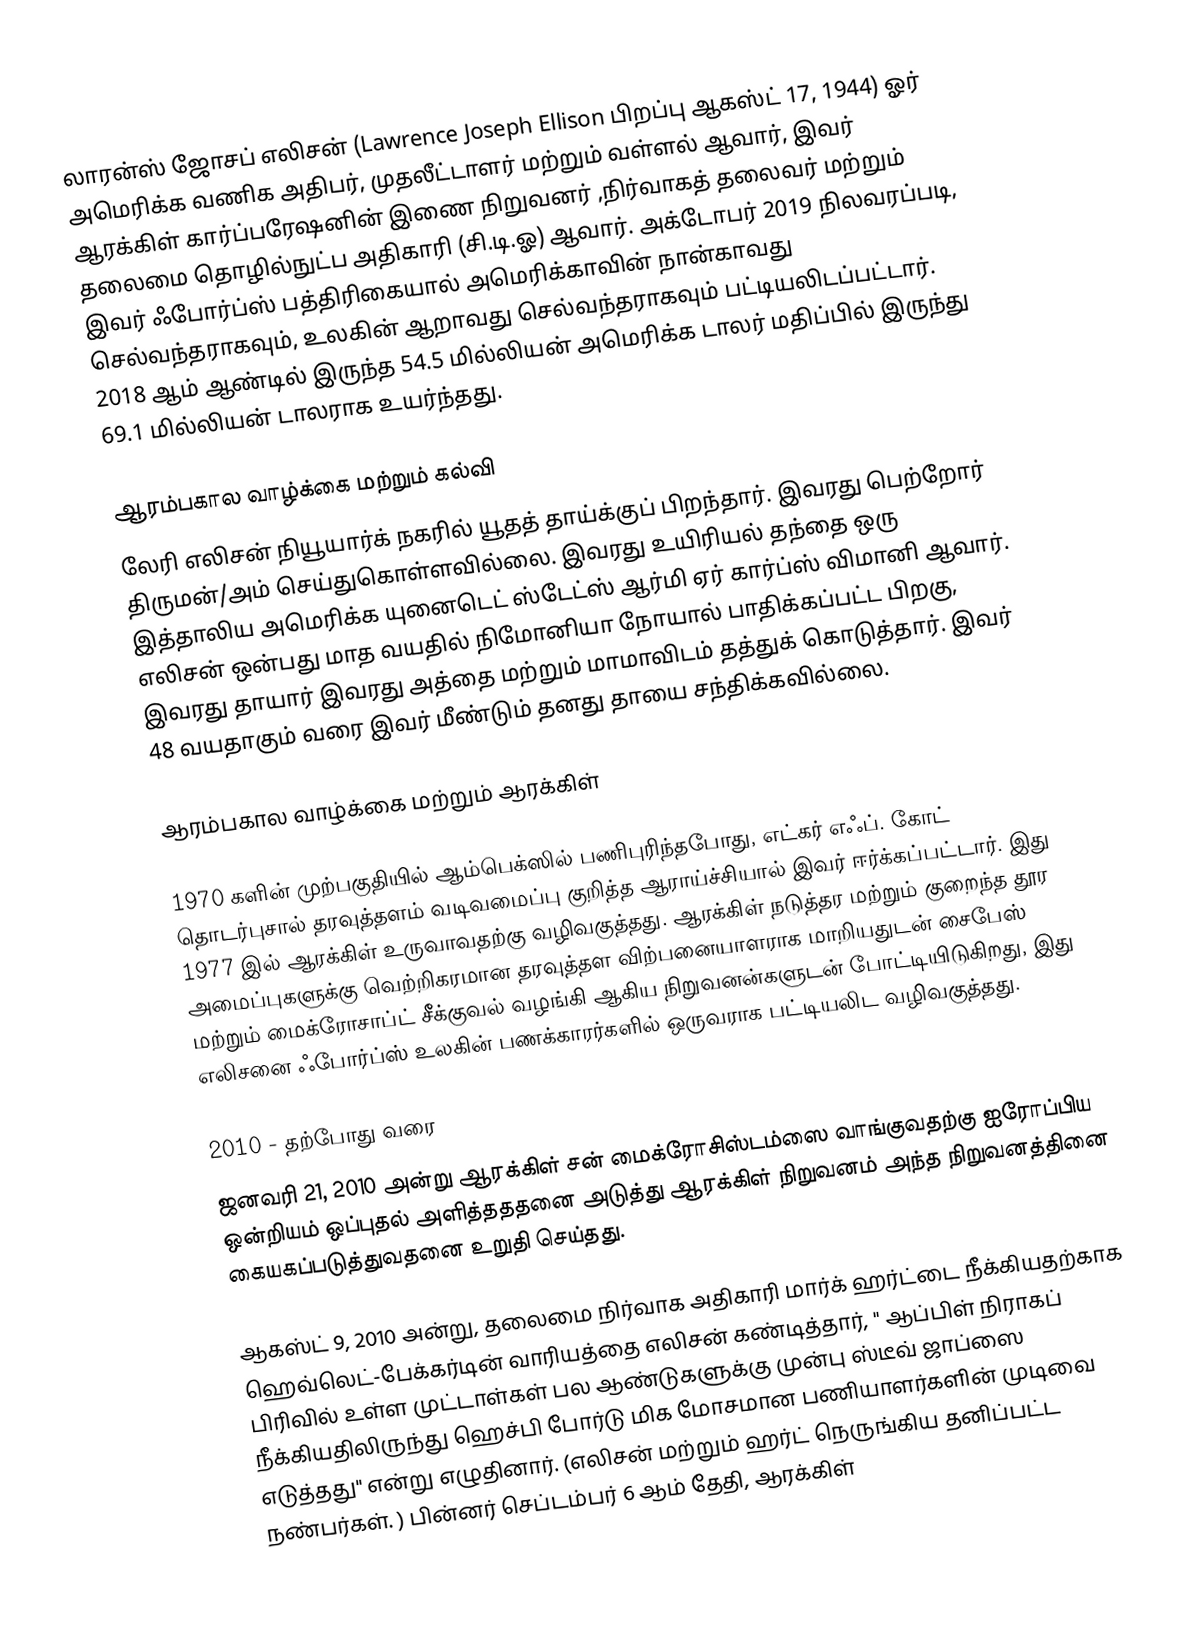
லாரன்ஸ் ஜோசப் எலிசன் (Lawrence Joseph Ellison பிறப்பு ஆகஸ்ட் 17, 1944) ஓர் அமெரிக்க வணிக அதிபர், முதலீட்டாளர் மற்றும் வள்ளல் ஆவார், இவர்  ஆரக்கிள் கார்ப்பரேஷனின் இணை நிறுவனர் ,நிர்வாகத் தலைவர் மற்றும் தலைமை தொழில்நுட்ப அதிகாரி (சி.டி.ஓ) ஆவார்.  அக்டோபர் 2019 நிலவரப்படி, இவர் ஃபோர்ப்ஸ் பத்திரிகையால் அமெரிக்காவின் நான்காவது செல்வந்தராகவும், உலகின் ஆறாவது செல்வந்தராகவும் பட்டியலிடப்பட்டார். 2018 ஆம் ஆண்டில் இருந்த 54.5 மில்லியன் அமெரிக்க டாலர் மதிப்பில் இருந்து 69.1 மில்லியன் டாலராக உயர்ந்தது.

ஆரம்பகால வாழ்க்கை மற்றும் கல்வி
லேரி எலிசன் நியூயார்க் நகரில் யூதத் தாய்க்குப் பிறந்தார்.  இவரது பெற்றோர் திருமன்/அம் செய்துகொள்ளவில்லை.  இவரது உயிரியல் தந்தை ஒரு இத்தாலிய அமெரிக்க யுனைடெட் ஸ்டேட்ஸ் ஆர்மி ஏர் கார்ப்ஸ் விமானி ஆவார். எலிசன் ஒன்பது மாத வயதில் நிமோனியா நோயால் பாதிக்கப்பட்ட பிறகு, இவரது தாயார் இவரது அத்தை மற்றும் மாமாவிடம் தத்துக் கொடுத்தார். இவர் 48 வயதாகும் வரை இவர் மீண்டும் தனது  தாயை சந்திக்கவில்லை.

ஆரம்பகால வாழ்க்கை மற்றும் ஆரக்கிள்

1970 களின் முற்பகுதியில் ஆம்பெக்ஸில் பணிபுரிந்தபோது, எட்கர் எஃப். கோட் தொடர்புசால் தரவுத்தளம் வடிவமைப்பு குறித்த ஆராய்ச்சியால் இவர் ஈர்க்கப்பட்டார். இது 1977 இல் ஆரக்கிள் உருவாவதற்கு வழிவகுத்தது. ஆரக்கிள் நடுத்தர மற்றும் குறைந்த தூர அமைப்புகளுக்கு வெற்றிகரமான தரவுத்தள விற்பனையாளராக மாறியதுடன்  சைபேஸ் மற்றும் மைக்ரோசாப்ட் சீக்குவல் வழங்கி  ஆகிய நிறுவனன்களுடன் போட்டியிடுகிறது, இது எலிசனை ஃபோர்ப்ஸ் உலகின் பணக்காரர்களில் ஒருவராக பட்டியலிட வழிவகுத்தது.

2010 - தற்போது வரை
ஜனவரி 21, 2010 அன்று ஆரக்கிள் சன் மைக்ரோசிஸ்டம்ஸை வாங்குவதற்கு ஐரோப்பிய ஒன்றியம் ஒப்புதல் அளித்தததனை அடுத்து ஆரக்கிள் நிறுவனம் அந்த நிறுவனத்தினை  கையகப்படுத்துவதனை உறுதி செய்தது.

ஆகஸ்ட் 9, 2010 அன்று, தலைமை நிர்வாக அதிகாரி மார்க் ஹர்ட்டை நீக்கியதற்காக ஹெவ்லெட்-பேக்கர்டின் வாரியத்தை எலிசன் கண்டித்தார், " ஆப்பிள் நிராகப் பிரிவில் உள்ள முட்டாள்கள் பல ஆண்டுகளுக்கு முன்பு ஸ்டீவ் ஜாப்ஸை நீக்கியதிலிருந்து ஹெச்பி போர்டு மிக மோசமான பணியாளர்களின் முடிவை எடுத்தது" என்று எழுதினார். (எலிசன் மற்றும் ஹர்ட் நெருங்கிய தனிப்பட்ட நண்பர்கள். )  பின்னர் செப்டம்பர் 6 ஆம் தேதி, ஆரக்கிள்